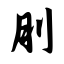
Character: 刖